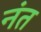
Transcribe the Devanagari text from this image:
नंत